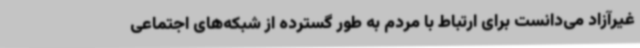
غیرآزاد می‌دانست برای ارتباط با مردم به طور گسترده از شبکه‌های اجتماعی